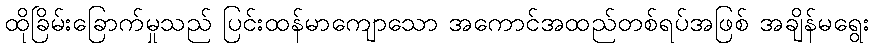
ထိုခြိမ်းခြောက်မှုသည် ပြင်းထန်မာကျောသော အကောင်အထည်တစ်ရပ်အဖြစ် အချိန်မရွေး